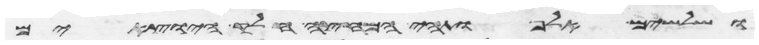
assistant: ושלשים אלף ותהי המחצה חלק היוצאים